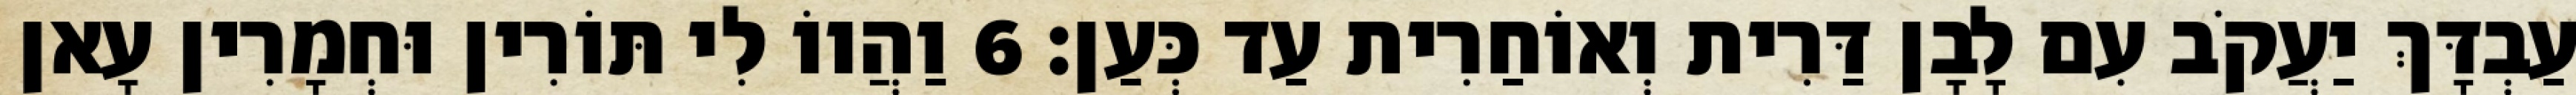
עַבְדָּךְ יַעֲקֹב עִם לָבָן דַּרִית וְאוֹחַרִית עַד כְּעַן׃ 6 וַהֲווֹ לִי תּוֹרִין וּחְמָרִין עָאן